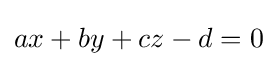
ax+by+cz-d=0